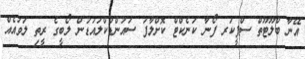
އޭނާ ބްލޫޓޫތް ސްޕީކަރ ފޯނާ ކަނެކްޓް ކޮށްލާފަ ސައުންޑްކްލައުޑުން ލޯބީގެ ރީތި ލަވައެއް